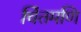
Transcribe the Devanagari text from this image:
चिंतमणि